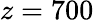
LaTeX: z=700